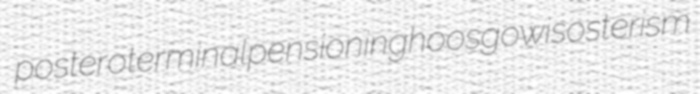
posteroterminal pensioning hoosgow isosterism